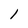
Character: 1